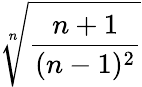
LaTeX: \sqrt[n]{\frac{n+1}{(n-1)^{2}}}